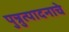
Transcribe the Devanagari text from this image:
पुन्रुत्पादनाचे